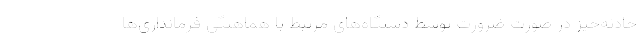
حادثه‌خیز در صورت ضرورت توسط دستگاه‌های مرتبط با هماهنگی فرمانداری‌ها